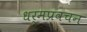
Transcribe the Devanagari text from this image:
धर्मप्रवचन